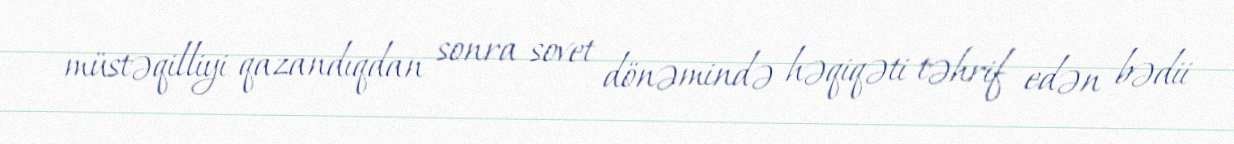
müstəqilliyi qazandıqdan sonra sovet dönəmində həqiqəti təhrif edən bədii